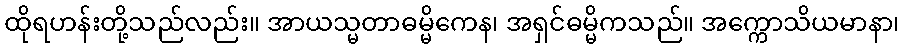
ထိုရဟန်းတို့သည်လည်း။ အာယသ္မတာဓမ္မိကေန၊ အရှင်ဓမ္မိကသည်။ အက္ကောသိယမာနာ၊